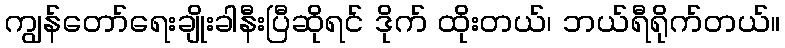
ကျွန်တော်ရေးချိုးခါနီးပြီဆိုရင် ဒိုက် ထိုးတယ်၊ ဘယ်ရီရိုက်တယ်။